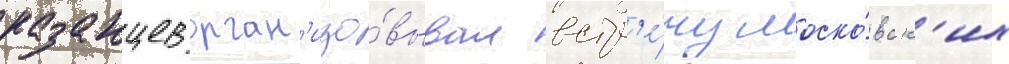
казанцев орган'изо́вывал встр'е́чу моско́вск'их